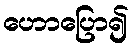
ဟောပြော၍